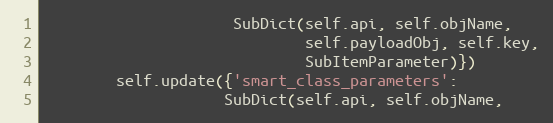
Language: Python
                     SubDict(self.api, self.objName,
                             self.payloadObj, self.key,
                             SubItemParameter)})
        self.update({'smart_class_parameters':
                    SubDict(self.api, self.objName,